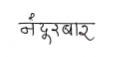
मजकूर: नंदूरबार